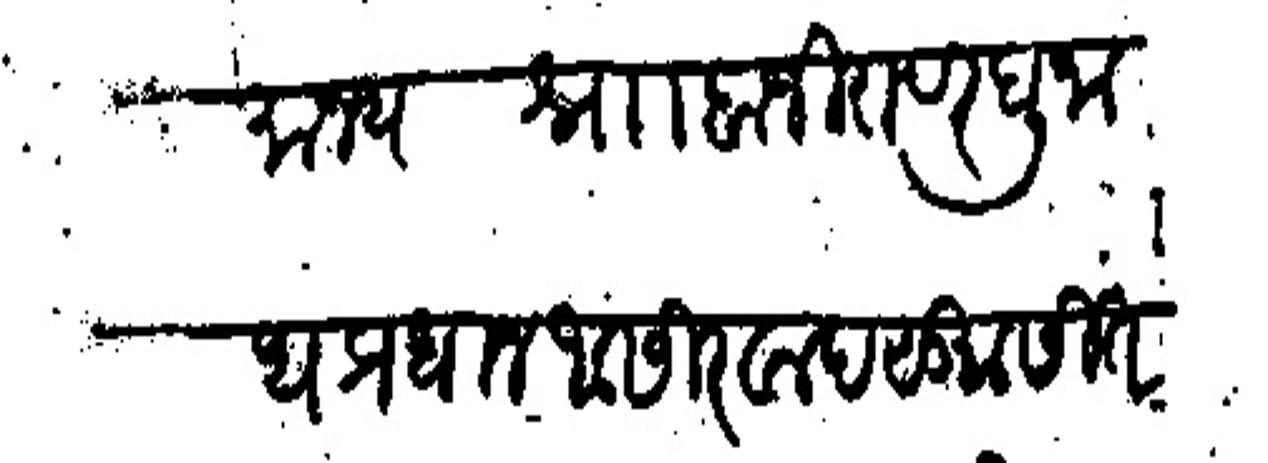
Transliteration (Devanagari): राजमान्य श्रो बाजीराव रघुनाथ प्रधान आसीरवाद सु  सीत